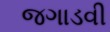
જગાડવી